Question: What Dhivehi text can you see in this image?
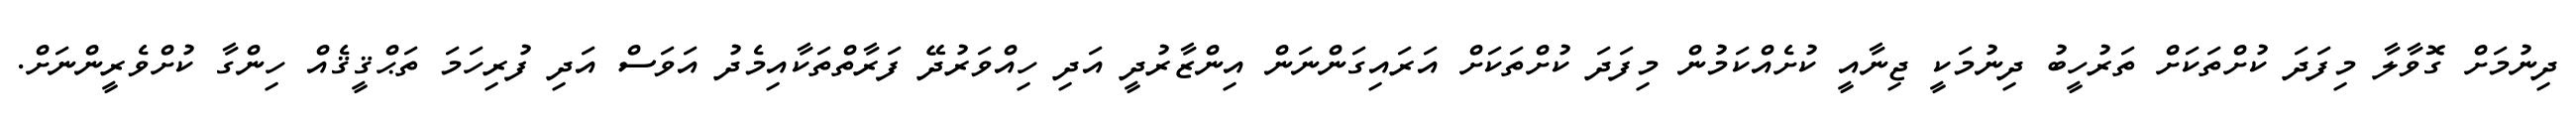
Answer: ދިނުމަށް ގޮވާލާ މިފަދަ ކުށްތަކަށް ތަރުހީބު ދިނުމަކީ ޖިނާއީ ކުށެއްކަމުން މިފަދަ ކުށްތަކަށް އަރައިގަންނަން އިންޒާރުދީ އަދި ހިއްވަރުދޭ ފަރާތްތަކާއިމެދު އަވަސް އަދި ފުރިހަމަ ތަޙްޤީޤެއް ހިންގާ ކުށްވެރީންނަށް.